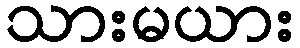
သားမယား